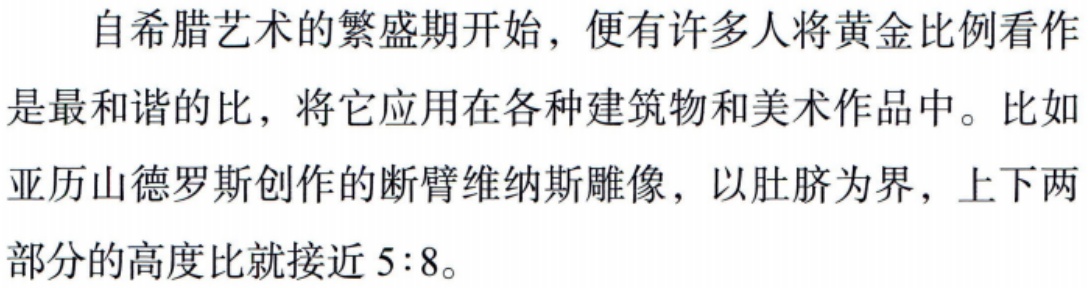
自希腊艺术的繁盛期开始，便有许多人将黄金比例看作是最和谐的比，将它应用在各种建筑物和美术作品中。比如亚历山德罗斯创作的断臂维纳斯雕像，以肚脐为界，上下两部分的高度比就接近 \(5:8\)。